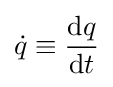
{\dot {q}}\equiv {\frac {\mathrm {d} q}{\mathrm {d} t}}